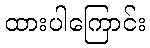
ထားပါကြောင်း